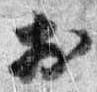
於